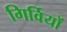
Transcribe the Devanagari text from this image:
गिर्वियों